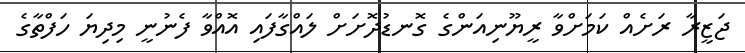
ޖަޒީރާ ރަށެއް ކަމަށްވާ ރީޔޫނިއަންގެ ގޮނޑުދޮށަށް ލައްގާފައި އޮއްވާ ފެނުނީ މިދިޔަ ހަފްތާގެ